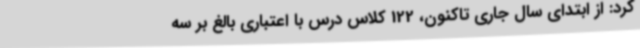
کرد: از ابتدای سال جاری تاکنون، 122 کلاس درس با اعتباری بالغ بر سه